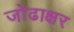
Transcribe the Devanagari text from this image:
जोढाक्षर